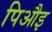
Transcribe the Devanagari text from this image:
पिऔइ